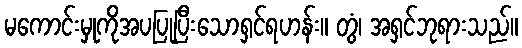
မကောင်းမှုကိုအပပြုပြီးသောရှင်ရဟန်း။ တွံ၊ အရှင်ဘုရားသည်။